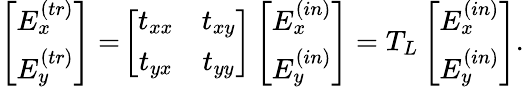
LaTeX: \begin{array}{r}{\left[\begin{array}{cc}{E_{x}^{(tr)}}\\ {E_{y}^{(tr)}}\end{array}\right]=\! \left[\begin{array}{cc}{t_{xx}}&{t_{xy}}\\ {t_{yx}}&{t_{yy}}\end{array}\right]\left[\begin{array}{cc}{E_{x}^{(in)}}\\ {E_{y}^{(in)}}\end{array}\right]=T_{L}\left[\begin{array}{cc}{E_{x}^{(in)}}\\ {E_{y}^{(in)}}\end{array}\right].}\end{array}